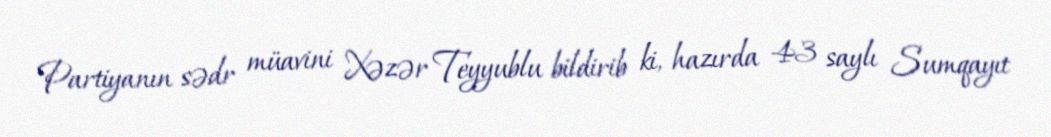
Partiyanın sədr müavini Xəzər Teyyublu bildirib ki, hazırda 43 saylı Sumqayıt